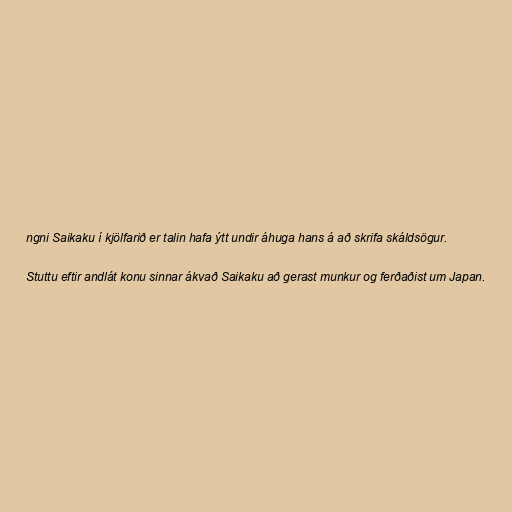
ngni Saikaku í kjölfarið er talin hafa ýtt undir áhuga hans á að skrifa skáldsögur.

Stuttu eftir andlát konu sinnar ákvað Saikaku að gerast munkur og ferðaðist um Japan.